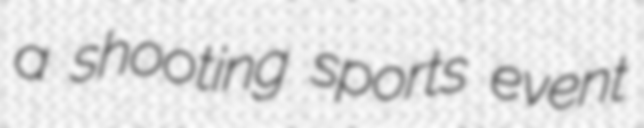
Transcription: a shooting sports event